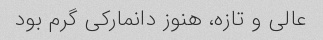
عالی و تازه، هنوز دانمارکی گرم بود